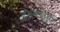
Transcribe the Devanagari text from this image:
कतमपलिपुरम